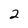
Character: 2